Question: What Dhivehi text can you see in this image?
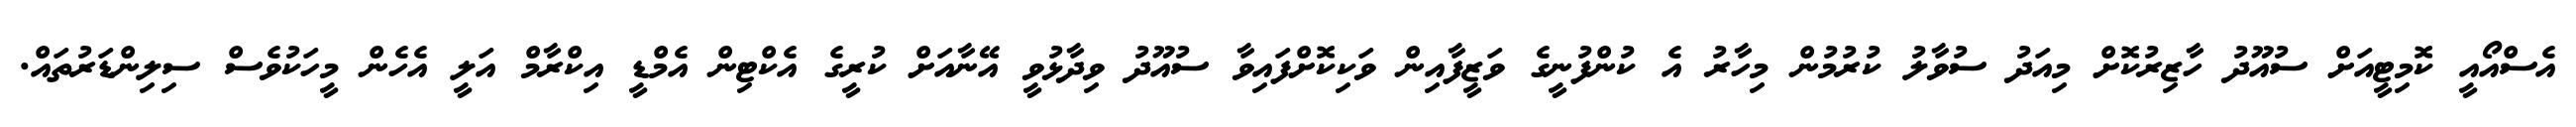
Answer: އެސްއޯއީ ކޮމިޓީއަށް ސުއޫދު ހާޒިރުކޮށް މިއަދު ސުވާލު ކުރުމުން މިހާރު އެ ކުންފުނީގެ ވަޒީފާއިން ވަކިކޮށްފައިވާ ސުއޫދު ވިދާޅުވީ އޭނާއަށް ކުރީގެ އެކްޓިން އެމްޑީ އިކްރާމް އަލީ އެހެން މީހަކުވެސް ސިލިންޑަރުތައް.